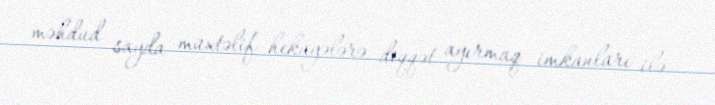
məhdud sayda müxtəlif hekayələrə diqqət ayırmaq imkanları ilə